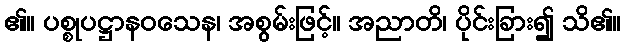
၏။ ပစ္စုပဋ္ဌာနဝသေန၊ အစွမ်းဖြင့်။ အညာတိ၊ ပိုင်းခြား၍ သိ၏။